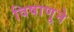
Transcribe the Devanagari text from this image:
विषाणूने